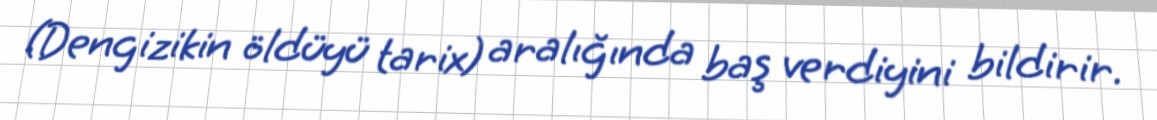
(Dengizikin öldüyü tarix) aralığında baş verdiyini bildirir.